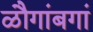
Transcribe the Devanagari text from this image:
ळौगांबगां